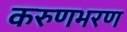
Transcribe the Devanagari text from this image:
करुणभरण